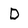
Character: D